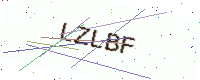
Text: LZLBF